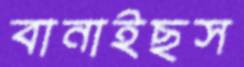
বানাইছস